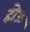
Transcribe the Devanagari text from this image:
होऊ